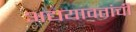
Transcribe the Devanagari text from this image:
अद्ययावतांची